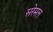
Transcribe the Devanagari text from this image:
सरेमल